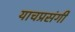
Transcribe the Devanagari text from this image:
याचप्रसंगी